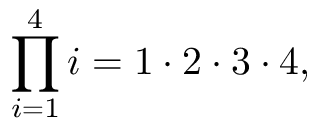
\prod _ { i = 1 } ^ { 4 } i = 1 \cdot 2 \cdot 3 \cdot 4 ,